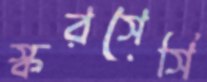
স্করসেসি